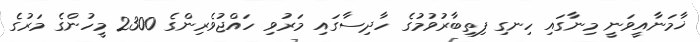
ޚާމަނާއީވަނީ މިނާގައި ހިނގި ފިތިބާރުވުމުގެ ހާދިސާގައި މަރުވި ހައްޖުވެރިންގެ 2300 މީހުންގެ މަރުގެ